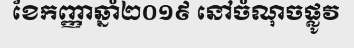
ខែកញ្ញាឆ្នាំ២០១៩ នៅចំណុចផ្លូវ